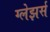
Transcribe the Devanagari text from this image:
ग्लेझर्स